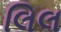
લિલ